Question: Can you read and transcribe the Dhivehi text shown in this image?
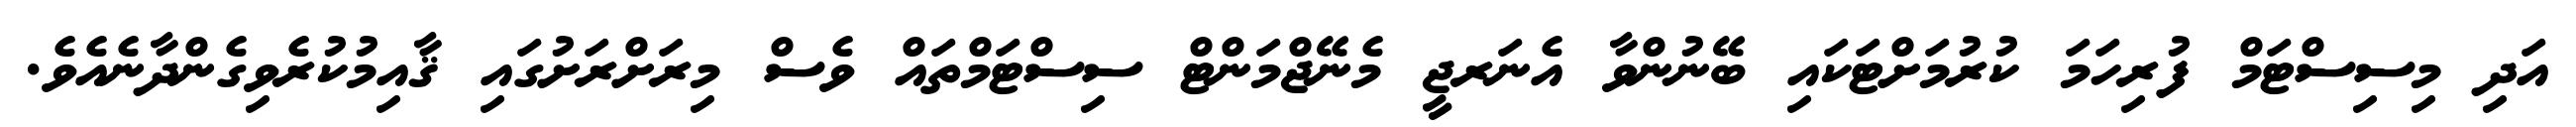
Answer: އަދި މިސިސްޓަމް ފުރިހަމަ ކުރުމަށްޓަކައި ބޭނުންވާ އެނަރޖީ މެނޭޖްމަންޓް ސިސްޓަމްތައް ވެސް މިރަށްރަށުގައި ޤާއިމުކުރެވިގެންދާނެއެވެ.